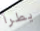
يطرأ